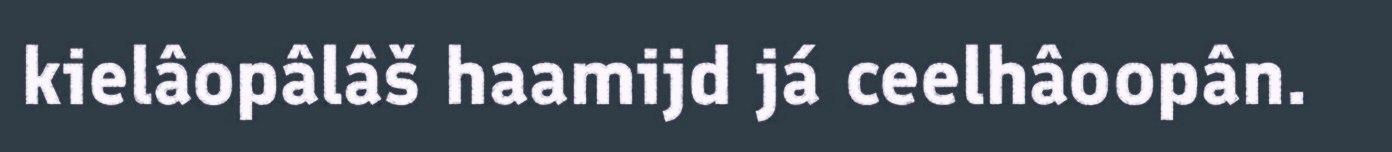
kielâopâlâš haamijd já ceelhâoopân.